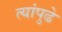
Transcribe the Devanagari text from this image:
त्यांपुढे